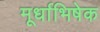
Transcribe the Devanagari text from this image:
मूर्धाभिषेक